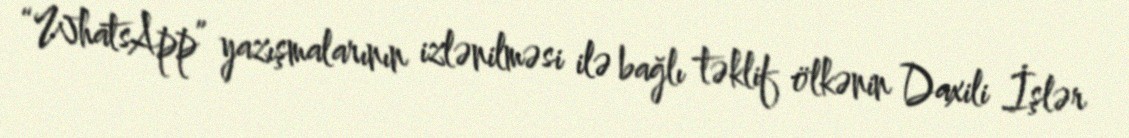
“WhatsApp” yazışmalarının izlənilməsi ilə bağlı təklif ölkənin Daxili İşlər